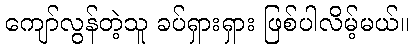
ကျော်လွန်တဲ့သူ ခပ်ရှားရှား ဖြစ်ပါလိမ့်မယ်။